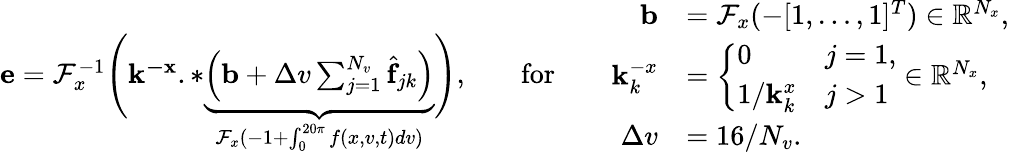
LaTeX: \begin{array}{rlrlr}{\mathbf{e}=\mathcal{F}_{x}^{-1}\Bigg(\mathbf{k^{-x}}\mathrm{.*}\underbrace{\left(\mathbf{b}+\Delta v\sum_{j=1}^{N_{v}}\widehat{\mathbf{f}}_{jk}\right)}_{\mathcal{F}_{x}(-1+\int_{0}^{20\pi}f(x,v,t)dv)}\Bigg),}&{}&{\mathrm{for}}&{}&{\begin{array}{rl}{\mathbf{b}}&{=\mathcal{F}_{x}(-[1,\ldots,1]^{T})\in\mathbb{R}^{N_{x}},}\\ {\mathbf{k}_{k}^{-x}}&{=\left\{ \begin{array}{ll}{0}&{j=1,}\\ {1/\mathbf{k}_{k}^{x}}&{j>1}\end{array}\right.\in\mathbb{R}^{N_{x}},}\\ {\Delta v}&{=16/N_{v}.}\end{array}}\end{array}